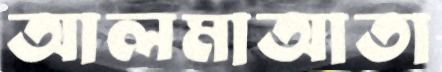
আলমাআতা